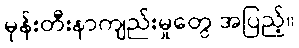
မုန်းတီးနာကျည်းမှုတွေ အပြည့်။